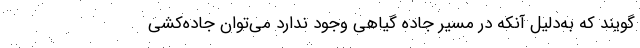
‌گویند که به‌دلیل آنکه در مسیر جاده گیاهی وجود ندارد می‌توان جاده‌کشی